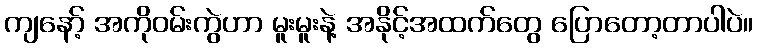
ကျနော့် အကိုဝမ်းကွဲဟာ မူးမူးနဲ့ အနိုင့်အထက်တွေ ပြောတော့တာပါပဲ။